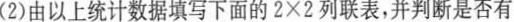
(2)由以上统计数据填写下面的2×2列联表，并判断是否有